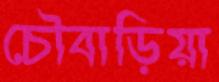
চৌবাড়িয়া